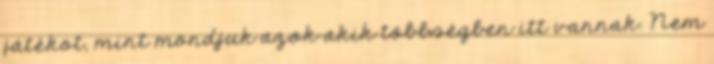
játékot, mint mondjuk azok akik többségben itt vannak. Nem